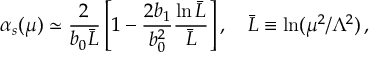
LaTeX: \alpha _ { s } ( \mu ) \simeq { \frac { 2 } { b _ { 0 } \bar { L } } } \left[ 1 - \frac { 2 b _ { 1 } } { b _ { 0 } ^ { 2 } } \frac { \ln \bar { L } } { \bar { L } } \right] , \quad \bar { L } \equiv \ln ( \mu ^ { 2 } / \Lambda ^ { 2 } ) \, ,